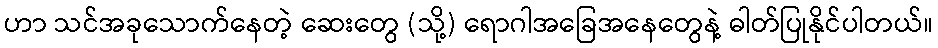
ဟာ သင်အခုသောက်နေတဲ့ ဆေးတွေ (သို့) ရောဂါအခြေအနေတွေနဲ့ ဓါတ်ပြုနိုင်ပါတယ်။